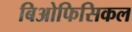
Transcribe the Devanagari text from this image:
बिओफिसिकल